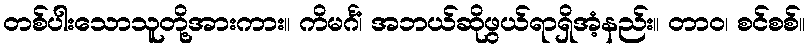
တစ်ပါးသောသူတို့အားကား။ ကိမင်္ဂံ၊ အဘယ်ဆိုဖွယ်ရာရှိအံ့နည်း။ တာဝ၊ စင်စစ်။